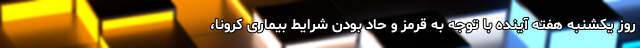
روز یکشنبه هفته آینده با توجه به قرمز و حاد بودن شرایط بیماری کرونا،